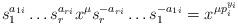
LaTeX: \begin{align*}s_1^{a_{1i}}\dots s_r^{a_{ri}}x^\mu s_r^{-a_{ri}}\dots s_1^{-a_{1i}}=x^{\mu p_i^{y_i}}\end{align*}